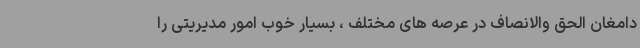
دامغان الحق والانصاف در عرصه های مختلف ، بسیار خوب امور مدیریتی را